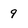
Character: 9